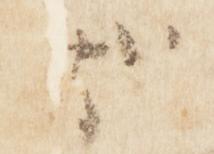
哉